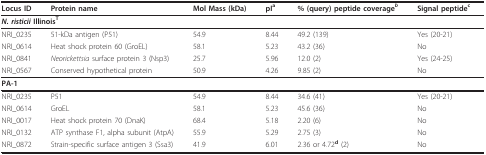
| Locus ID | Protein name | Mol Mass (kDa) | pIa | % (query) peptide coverageb | Signal peptidec |
 | --- | --- | --- | --- | --- | --- |
 | <COLSPAN=6> N. risticii IllinoisT |
 | NRI_0235 | 51-kDa antigen (P51) | 54.9 | 8.44 | 49.2 (139) | Yes (20-21) |
 | NRI_0614 | Heat shock protein 60 (GroEL) | 58.1 | 5.23 | 43.2 (36) | No |
 | NRI_0841 | Neorickettsia surface protein 3 (Nsp3) | 25.7 | 5.96 | 12.0 (2) | Yes (24-25) |
 | NRI_0567 | Conserved hypothetical protein | 50.9 | 4.26 | 9.85 (2) | No |
 | <COLSPAN=6> PA-1 |
 | NRI_0235 | P51 | 54.9 | 8.44 | 34.6 (41) | Yes (20-21) |
 | NRI_0614 | GroEL | 58.1 | 5.23 | 45.6 (36) | No |
 | NRI_0017 | Heat shock protein 70 (DnaK) | 68.4 | 5.18 | 2.20 (6) | No |
 | NRI_0132 | ATP synthase F1, alpha subunit (AtpA) | 55.9 | 5.29 | 2.75 (3) | No |
 | NRI_0872 | Strain-specific surface antigen 3 (Ssa3) | 41.9 | 6.01 | 2.36 or 4.72d (2) | No |